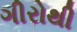
ગીરોથી